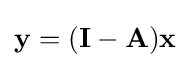
\mathbf {y} =(\mathbf {I-A} )\mathbf {x}